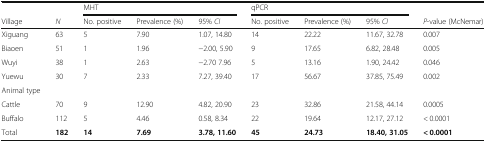
|  |  | <COLSPAN=3> MHT | <COLSPAN=3> qPCR |  |
 | Village | N | No. positive | Prevalence (%) | 95% CI | No. positive | Prevalence (%) | 95% CI | P-value (McNemar) |
 | --- | --- | --- | --- | --- | --- | --- | --- | --- |
 | Xiguang | 63 | 5 | 7.90 | 1.07, 14.80 | 14 | 22.22 | 11.67, 32.78 | 0.007 |
 | Biaoen | 51 | 1 | 1.96 | −2.00, 5.90 | 9 | 17.65 | 6.82, 28.48 | 0.005 |
 | Wuyi | 38 | 1 | 2.63 | −2.70 7.96 | 5 | 13.16 | 1.90, 24.42 | 0.046 |
 | Yuewu | 30 | 7 | 2.33 | 7.27, 39.40 | 17 | 56.67 | 37.85, 75.49 | 0.002 |
 | Animal type |  |  |  |  |  |  |  |  |
 | Cattle | 70 | 9 | 12.90 | 4.82, 20.90 | 23 | 32.86 | 21.58, 44.14 | 0.0005 |
 | Buffalo | 112 | 5 | 4.46 | 0.58, 8.34 | 22 | 19.64 | 12.17, 27.12 | < 0.0001 |
 | Total | 182 | 14 | 7.69 | 3.78, 11.60 | 45 | 24.73 | 18.40, 31.05 | < 0.0001 |